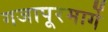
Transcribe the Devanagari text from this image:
गजापूरमार्गे